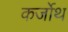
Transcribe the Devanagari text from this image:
कर्जोथ